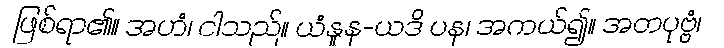
ဖြစ်ရာ၏။ အဟံ၊ ငါသည်။ ယံနူန-ယဒိ ပန၊ အကယ်၍။ အတပုဗ္ဗံ၊